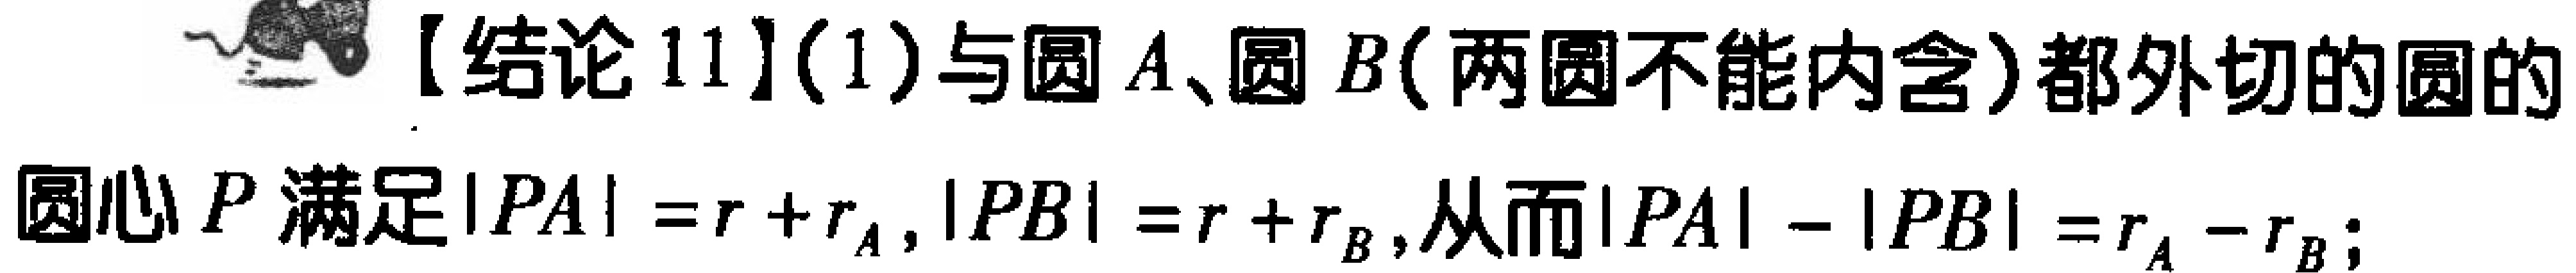
【结论11】(1)与圆\(A\)、圆\(B\)（两圆不能内含）都外切的圆的
圆心\(P\)满足\(\vert PA\vert = r + r_{A}\)，\(\vert PB\vert = r + r_{B}\)，从而\(\vert PA\vert - \vert PB\vert = r_{A} - r_{B}\)；